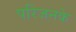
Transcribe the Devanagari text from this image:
परिजनके